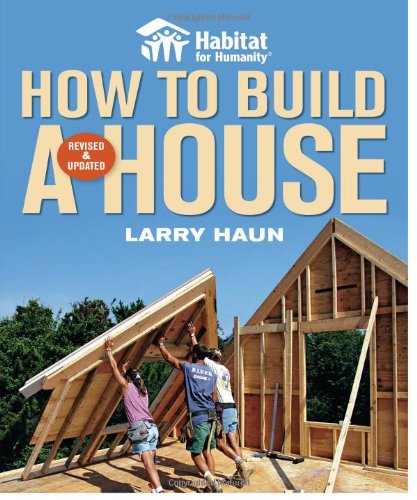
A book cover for Habitat for Humanity How to Build a House Revised & Updated(Habitat for Humanity); Larry Haun; Crafts, Hobbies & Home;